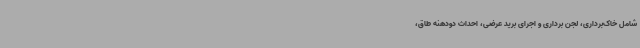
شامل خاک‌برداری، لجن برداری و اجرای برید عرضی، احداث دودهنه طاق،